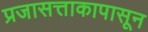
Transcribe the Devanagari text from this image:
प्रजासत्ताकापासून